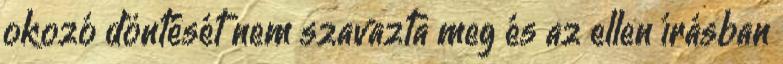
okozó döntését nem szavazta meg és az ellen írásban